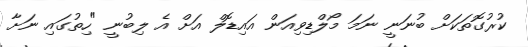
ކުރުގޮތަކަށް ބުނަނީ ނަމަ މޯލްޑިވިއަން އައިޑޮލް އަށް އެ ލިބުނީ "ހިތުގައި ނަށާ